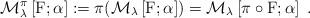
LaTeX: \begin{align*}\mathcal{M}^\pi_\lambda\left[\mathrm{F};\alpha\right]:=\pi(\mathcal{M}_\lambda\left[\mathrm{F};\alpha\right])=\mathcal{M}_\lambda\left[\pi\circ\mathrm{F};\alpha\right]\;.\end{align*}